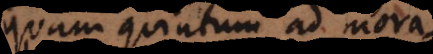
quam quintum ad mora